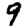
Digit: 9